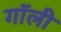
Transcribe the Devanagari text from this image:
गॉली